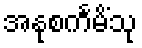
အနုစင်္ကမိံသု